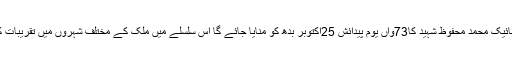
23 اکتوبر2017ء) نشان حیدر حاصل کرنے والے ملک کے مایہ ناز سپوت لانس نائیک محمد محفوظ شہید کا73واں یوم پیدائش 25اکتوبر بدھ کو منایا جائے گا اس سلسلے میں ملک کے مختلف شہروں میں تقریبات کا اہتمام کیا جائے گا ان کی پیدائش اور پاک فوج میں شمولیت کی تاریخ ایک ہی ہے۔